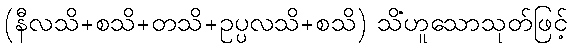
(နီလသိ+စသိ+တသိ+ဥပ္ပလသိ+စသိ) သိံဟူသောသုတ်ဖြင့်